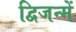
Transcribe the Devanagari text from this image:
द्विजन्में